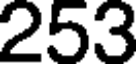
253